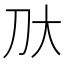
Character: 𫥰